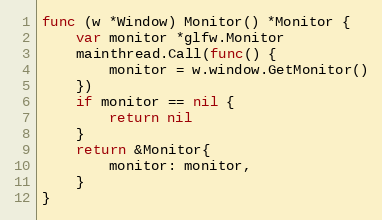
Language: Go
func (w *Window) Monitor() *Monitor {
	var monitor *glfw.Monitor
	mainthread.Call(func() {
		monitor = w.window.GetMonitor()
	})
	if monitor == nil {
		return nil
	}
	return &Monitor{
		monitor: monitor,
	}
}